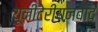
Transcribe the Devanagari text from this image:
यूनीटेरीयनवाद